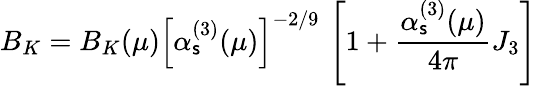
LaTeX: B_{K}=B_{K}(\mu)\left[\alpha_{\mathsf{s}}^{(3)}(\mu)\right]^{-2/9}\, \left[1+\frac{{\alpha_{\mathsf{s}}^{(3)}(\mu)}}{{4\pi}}J_{3}\right]